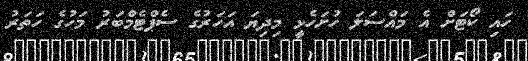
ހައި ކޯޓަށް އެ މައްސަލަ ހުށަހެޅީ މިދިޔަ އަހަރުގެ ސެޕްޓެމްބަރު މަހުގެ ހަތަރު